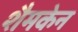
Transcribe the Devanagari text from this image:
शैमकेन